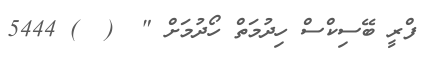
ފްރީ ބޭސިކްސް ހިދުމަތް ހޯދުމަށް "  (  ) 5444